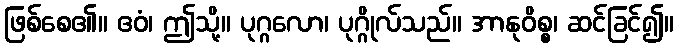
ဖြစ်စေ၏။ ဧဝံ၊ ဤသို့။ ပုဂ္ဂလော၊ ပုဂ္ဂိုလ်သည်။ အာနုဝိစ္စ၊ ဆင်ခြင်၍။